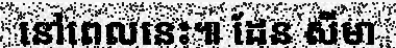
នៅពេលនេះ៕ ដែន សីមា